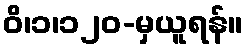
ဝိ၊၁၊၁၂၀-မှယူရန်။